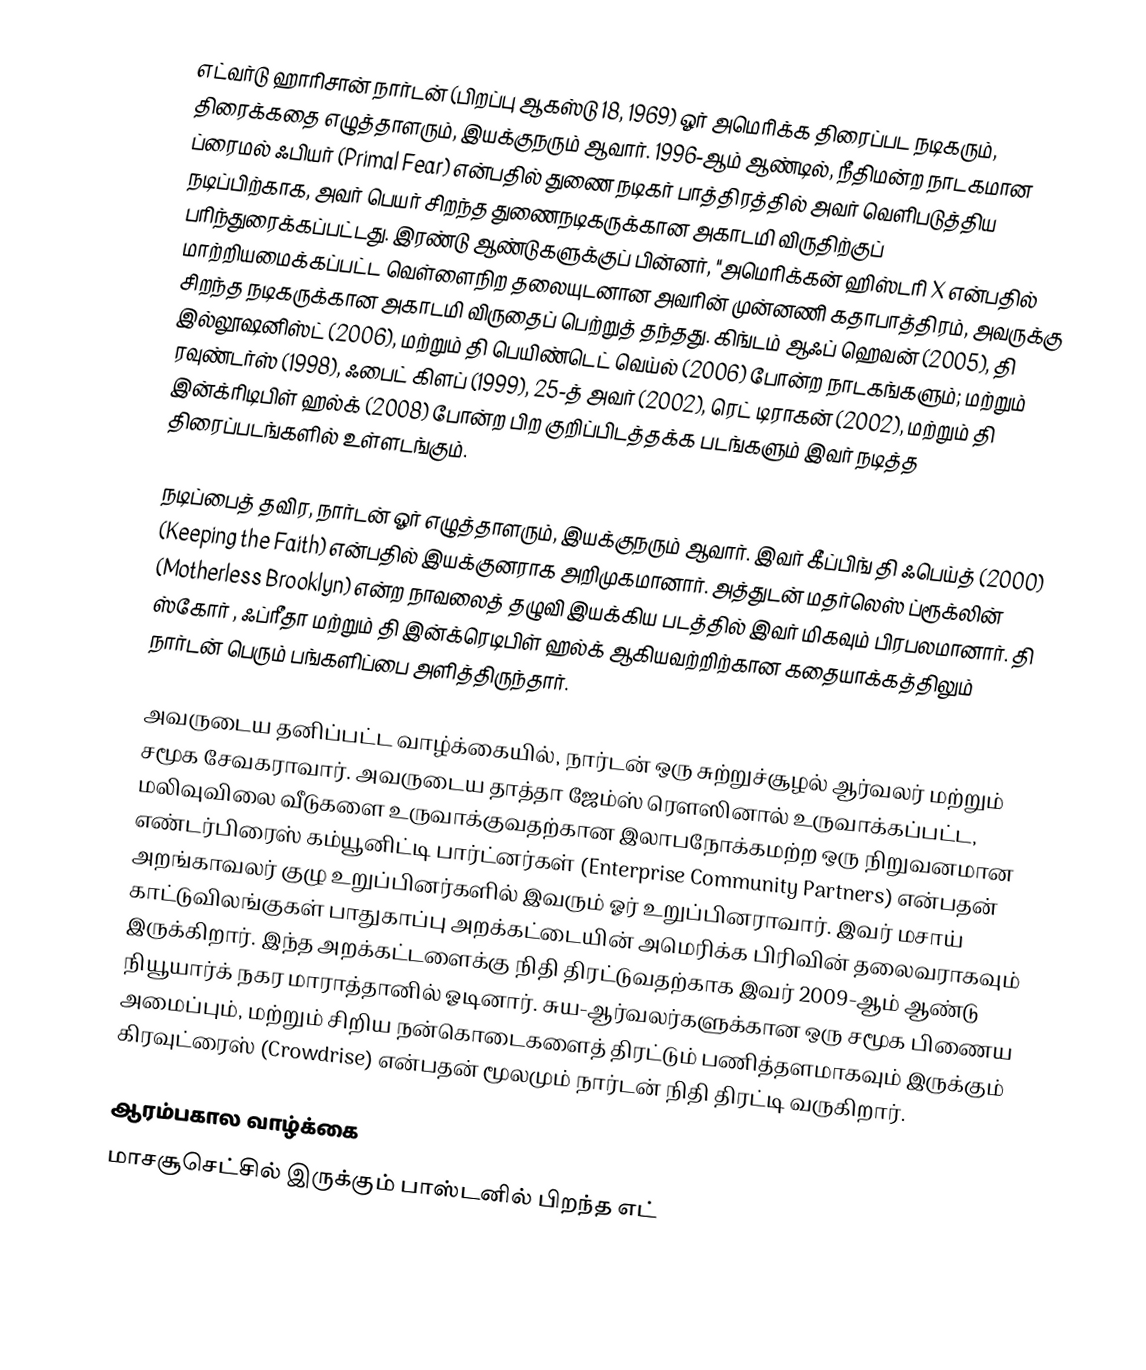
எட்வர்டு ஹாரிசான் நார்டன்  (பிறப்பு ஆகஸ்டு 18, 1969) ஓர் அமெரிக்க திரைப்பட நடிகரும், திரைக்கதை எழுத்தாளரும், இயக்குநரும் ஆவார். 1996-ஆம் ஆண்டில், நீதிமன்ற நாடகமான ப்ரைமல் ஃபியர் (Primal Fear) என்பதில் துணை நடிகர் பாத்திரத்தில் அவர் வெளிபடுத்திய நடிப்பிற்காக, அவர் பெயர் சிறந்த துணைநடிகருக்கான அகாடமி விருதிற்குப் பரிந்துரைக்கப்பட்டது. இரண்டு ஆண்டுகளுக்குப் பின்னர், "அமெரிக்கன் ஹிஸ்டரி X என்பதில் மாற்றியமைக்கப்பட்ட வெள்ளைநிற தலையுடனான அவரின் முன்னணி கதாபாத்திரம், அவருக்கு சிறந்த நடிகருக்கான அகாடமி விருதைப் பெற்றுத் தந்தது. கிங்டம் ஆஃப் ஹெவன் (2005), தி இல்லூஷனிஸ்ட் (2006), மற்றும் தி பெயிண்டெட் வெய்ல் (2006) போன்ற நாடகங்களும்; மற்றும் ரவுண்டர்ஸ் (1998), ஃபைட் கிளப் (1999), 25-த் அவர் (2002), ரெட் டிராகன் (2002), மற்றும் தி இன்க்ரிடிபிள் ஹல்க் (2008) போன்ற பிற குறிப்பிடத்தக்க படங்களும் இவர் நடித்த திரைப்படங்களில் உள்ளடங்கும்.

நடிப்பைத் தவிர, நார்டன் ஓர் எழுத்தாளரும், இயக்குநரும் ஆவார். இவர் கீப்பிங் தி ஃபெய்த் (2000) (Keeping the Faith) என்பதில் இயக்குனராக அறிமுகமானார். அத்துடன் மதர்லெஸ் ப்ரூக்லின் (Motherless Brooklyn) என்ற நாவலைத் தழுவி இயக்கிய படத்தில் இவர் மிகவும் பிரபலமானார். தி ஸ்கோர் , ஃப்ரீதா மற்றும் தி இன்க்ரெடிபிள் ஹல்க் ஆகியவற்றிற்கான கதையாக்கத்திலும் நார்டன் பெரும் பங்களிப்பை அளித்திருந்தார்.

அவருடைய தனிப்பட்ட வாழ்க்கையில், நார்டன் ஒரு சுற்றுச்சூழல் ஆர்வலர் மற்றும் சமூக சேவகராவார். அவருடைய தாத்தா ஜேம்ஸ் ரௌஸினால் உருவாக்கப்பட்ட, மலிவுவிலை வீடுகளை உருவாக்குவதற்கான இலாபநோக்கமற்ற ஒரு நிறுவனமான எண்டர்பிரைஸ் கம்யூனிட்டி பார்ட்னர்கள் (Enterprise Community Partners) என்பதன் அறங்காவலர் குழு உறுப்பினர்களில் இவரும் ஓர் உறுப்பினராவார். இவர் மசாய் காட்டுவிலங்குகள் பாதுகாப்பு அறக்கட்டையின் அமெரிக்க பிரிவின் தலைவராகவும் இருக்கிறார். இந்த அறக்கட்டளைக்கு நிதி திரட்டுவதற்காக இவர் 2009-ஆம் ஆண்டு நியூயார்க் நகர மாராத்தானில் ஓடினார். சுய-ஆர்வலர்களுக்கான ஒரு சமூக பிணைய அமைப்பும், மற்றும் சிறிய நன்கொடைகளைத் திரட்டும் பணித்தளமாகவும் இருக்கும் கிரவுட்ரைஸ் (Crowdrise) என்பதன் மூலமும் நார்டன் நிதி திரட்டி வருகிறார்.

 ஆரம்பகால வாழ்க்கை
மாசசூசெட்சில் இருக்கும் பாஸ்டனில் பிறந்த எட்